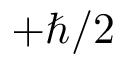
+ \hbar / 2